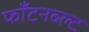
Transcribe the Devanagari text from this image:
फॉंटनब्ल्ट